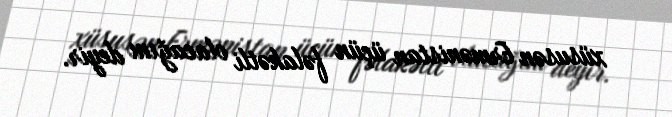
xüsusən Ermənistan üçün fəlakətli olacağını deyir.